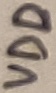
Text: VDD